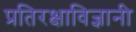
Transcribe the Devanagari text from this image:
प्रतिरक्षाविज्ञानी